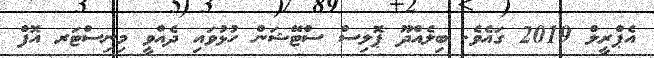
އެޕްރީލް 2019 ގައެވެ. ބިލެއްދޫ ޕޮލިސް ސްޓޭޝަން ހުޅުވައި ދެއްވީ މިނިސްޓަރ އޮފް